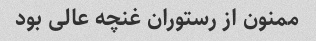
ممنون از رستوران غنچه عالی بود